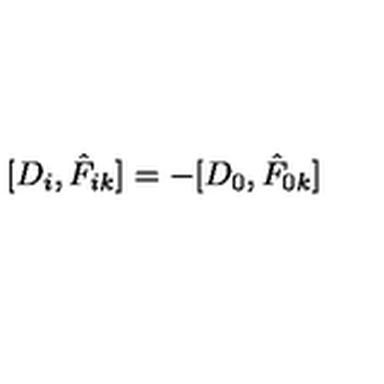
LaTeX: [ D _ { i } , \hat { F } _ { i k } ] = - [ D _ { 0 } , \hat { F } _ { 0 k } ]